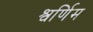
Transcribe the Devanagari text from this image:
श्वर्णिम